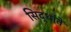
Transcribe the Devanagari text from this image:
सिद्धांतें